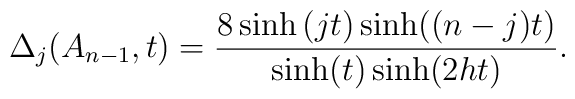
\Delta _j(A_{n-1},t)=\frac{8\sinh \left( jt\right) \sinh ((n-j)t)}{\sinh(t)\sinh (2ht)}.